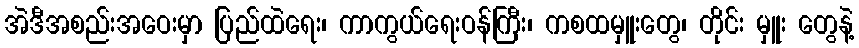
အဲဒီအစည်းအဝေးမှာ ပြည်ထဲရေး၊ ကာကွယ်ရေးဝန်ကြီး၊ ကစထမှူးတွေ၊ တိုင်း မှူး တွေနဲ့